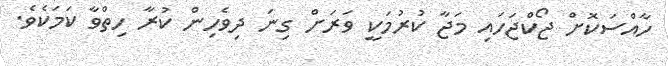
ހާއްސަކޮށް ޖޯކްޖަހައި މަޖާ ކުރުމަކީ ވަރަށް ގިނަ ދިވެހިން ކުރާ ހިތްވާ ކަމަކެވެ.